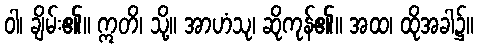
ဝါ၊ ချိမ်း၏။ ဣတိ၊ သို့။ အာဟံသု၊ ဆိုကုန်၏။ အထ၊ ထိုအခါ၌။